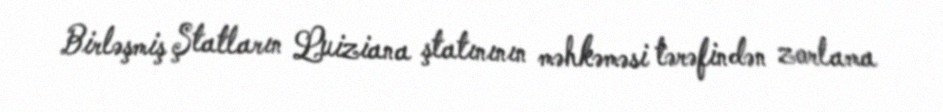
Birləşmiş Ştatların Luiziana ştatınının məhkəməsi tərəfindən zorlama